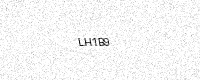
Text: LH1B9